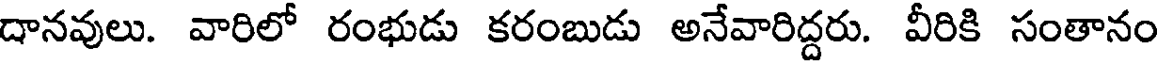
దానవులు. వారిలో రంభుడు కరంబుడు అనేవారిద్దరు. వీరికి సంతానం